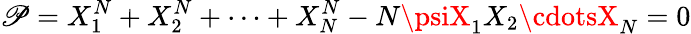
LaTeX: \mathscr{P}=X_{1}^{N}+X_{2}^{N}+\cdots+X_{N}^{N}-N\psiX_{1}X_{2}\cdotsX_{N}=0